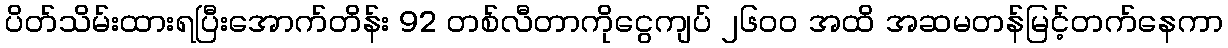
ပိတ်သိမ်းထားရပြီးအောက်တိန်း 92 တစ်လီတာကိုငွေကျပ် ၂၆၀၀ အထိ အဆမတန်မြင့်တက်နေကာ